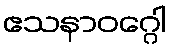
ဧသနာဝဂ္ဂေါ